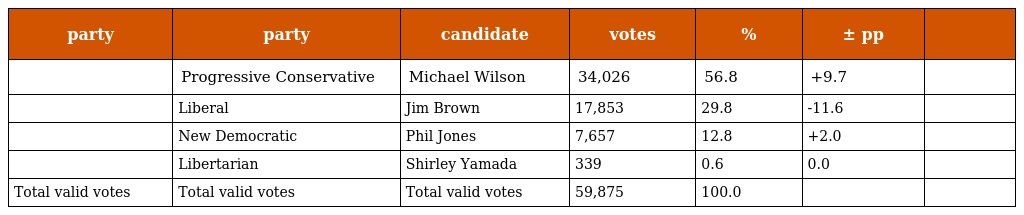
| party | party | candidate | votes | % | ± pp |  |
 | --- | --- | --- | --- | --- | --- | --- |
 |  | Progressive Conservative | Michael Wilson | 34,026 | 56.8 | +9.7 |  |
 |  | Liberal | Jim Brown | 17,853 | 29.8 | -11.6 |  |
 |  | New Democratic | Phil Jones | 7,657 | 12.8 | +2.0 |  |
 |  | Libertarian | Shirley Yamada | 339 | 0.6 | 0.0 |  |
 | Total valid votes | Total valid votes | Total valid votes | 59,875 | 100.0 |  |  |